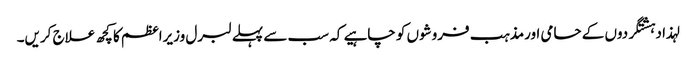
لہذا دہشتگردوں کے حامی اورمذہب فروشوں کو چاہیے کہ سب سے پہلے لبرل وزیراعظم کا کچھ علاج کریں۔